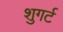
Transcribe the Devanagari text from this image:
शुगर्ट